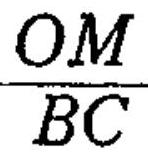
\frac{OM}{BC}